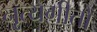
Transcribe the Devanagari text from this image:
नृत्यगीतों